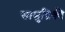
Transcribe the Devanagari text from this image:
सामुद्रिकी